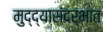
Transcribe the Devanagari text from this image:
मुद्द्यासंदर्भात